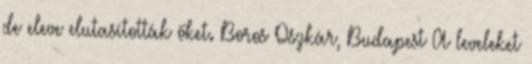
de eleve elutasították őket. Boros Oszkár, Budapest A leveleket